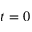
t = 0